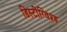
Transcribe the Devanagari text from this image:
डिस्टींग्विश्ड